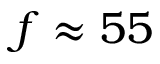
f \approx 5 5